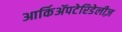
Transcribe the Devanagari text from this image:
आर्किॲपटेरिडेलीज़